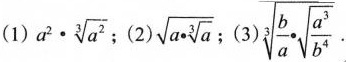
(1)$$a ^ { 2 } · \sqrt [ 3 ] { a ^ { 2 } }$$；(2)$$\sqrt{a \cdot \sqrt [ 3 ] { a } }$$； (3)$$\sqrt [ 3 ] { \frac { b } { a } \cdot \sqrt { \frac { a ^ { 3 } } { b ^ { 4 } } } }·$$